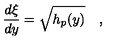
{ \frac { d \xi } { d y } } = \sqrt { h _ { p } ( y ) } \quad ,